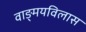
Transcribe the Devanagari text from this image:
वाङ्‌मयविलास